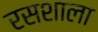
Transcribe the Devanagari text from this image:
रसशाला